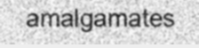
amalgamates